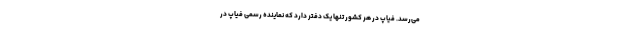
می‌رسد. فیاپ در هر کشور تنها یک دفتر دارد که نماینده رسمی فیاپ در